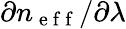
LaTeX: \partial n_{\mathrm{~e~f~f~}}/\partial\lambda